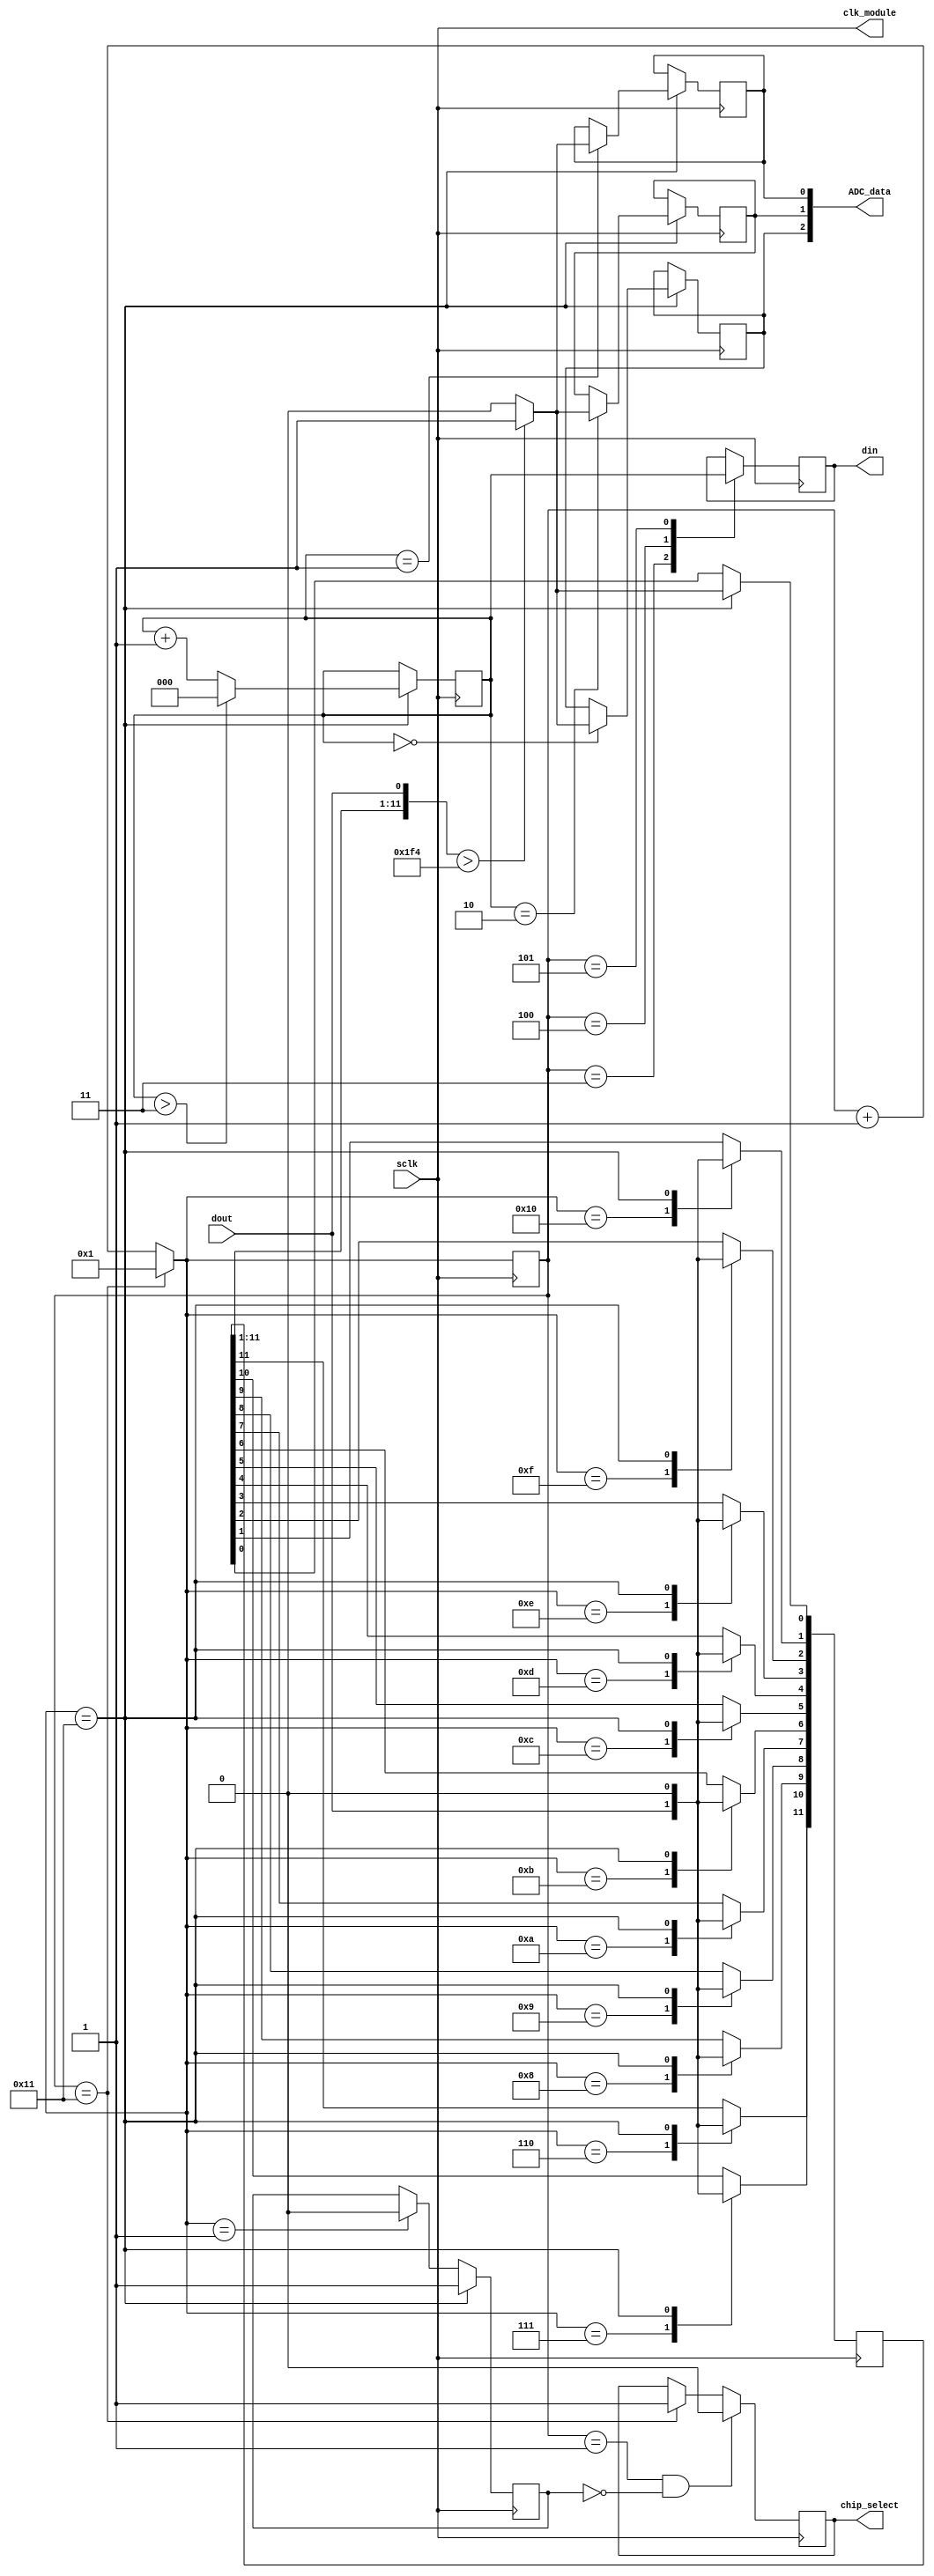

module sm_0535_ADC_CONVERT(

	input sclk, dout,
	
	output chip_select, din,
	output [2:0] ADC_data,
	
	output clk_module
	
	);
	
	// variables needed
	reg r_adc_data_0;
	reg r_adc_data_1;
	reg r_adc_data_2;
	reg [11:0] r_data_temp;
	reg [4:0] sclk_counter = 0;
	reg r_din = 0;
	reg [1:0] r_chip_select = 1;
	reg [2:0] current_ch = 0; // the channel address for conversion ------using 2 channel for this code.

	
	
	
	//assign output
	assign chip_select = r_chip_select ;
	assign din = r_din ;
	assign ADC_data[0] = r_adc_data_1 ;
	assign ADC_data[1] = r_adc_data_2 ;
	assign ADC_data[2] = r_adc_data_0 ;
	assign clk_module = sclk;
	
 
	// sclk counter---------------------------------------------------------------------------------------------------------------------------------
	always @ (posedge sclk)
	begin
	
		
			//sclk counter--------------------------------------------------------------
			if(sclk_counter == 17)
			begin
				sclk_counter = 0 ;
				sclk_counter = sclk_counter + 1;
			end
			else
			begin
				sclk_counter = sclk_counter + 1;
			end
			
			//to control chip select----------------------------------------------------------
			if(sclk_counter == 17) 
			begin
				r_chip_select[1] = 1;
			end
			
			else if(sclk_counter == 1 ) 
			begin
				r_chip_select[1] = 0;
			end
			
			case(sclk_counter)
			
			
			// to get data from ADC-------------------------------------------------
			6:
			begin
				 
				r_data_temp[11] = dout;
				
			end
		
			7: r_data_temp[10] = dout;
			
			8: r_data_temp[9] = dout;
			
			9: r_data_temp[8] = dout;
			
			10: r_data_temp[7] = dout;
			
			11: r_data_temp[6] = dout;
		
			12: r_data_temp[5] = dout;
			
			13: r_data_temp[4] = dout;
			
			14: r_data_temp[3] = dout;
			
			15: r_data_temp[2] = dout;
			
			16: r_data_temp[1] = dout;
		
			17:	 
			begin 
				r_data_temp[0] = dout;
				
				r_data_temp = r_data_temp > 500 ? 1:0 ;
				
				case(current_ch) // this to send outut to correct output channel pin
			
				3'b000: r_adc_data_0 <= r_data_temp[0];
				
				3'b001: r_adc_data_1 <= r_data_temp[0];
				
				3'b010: r_adc_data_2 <= r_data_temp[0];
			
				endcase
				
				if(current_ch > 3)
				begin
					current_ch = 0;
				end
				
				else
				begin
					current_ch = current_ch + 1;
				end
				
			end
			
			
		
			endcase
			
			
			
			
	
	end
	
	
	
	//din output------------------------------------------------------------------------------------------------------------
	always @ (negedge sclk)
	begin
				
		
					
			// to control chip select----------------------------------------------------------
			if(sclk_counter == 1 & r_chip_select[1] == 0)
			begin
				r_chip_select[0] = 0;
			end
		
			else if(sclk_counter == 17)
			begin
				r_chip_select[0] = 1;
			end
			
			// to give DIN to ADC---------------------------------------------------------------
			case(sclk_counter)
			3: 
			begin 
				r_din = current_ch[2];
			end
		
			4:
			begin
				r_din = current_ch[1];
			end
		
			5: 
			begin 
				r_din = current_ch[0];
				
				
				
			end
		
			endcase
			
	end
	
	
	//to update chip_select------------------------------------------------------------------------------------------------
	
	
	
endmodule